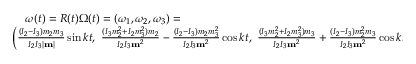
\begin{array} { r } { { \boldsymbol \omega } ( t ) = R ( t ) { \boldsymbol \Omega } ( t ) = ( \omega _ { 1 } , \omega _ { 2 } , \omega _ { 3 } ) = \qquad \qquad \qquad \qquad \qquad \qquad \qquad \qquad \qquad \qquad } \\ { \left( \frac { ( I _ { 2 } - I _ { 3 } ) m _ { 2 } m _ { 3 } } { I _ { 2 } I _ { 3 } | { \bf m } | } \sin k t , ~ \frac { ( I _ { 3 } m _ { 2 } ^ { 2 } + I _ { 2 } m _ { 3 } ^ { 2 } ) m _ { 2 } } { I _ { 2 } I _ { 3 } { \bf m } ^ { 2 } } - \frac { ( I _ { 2 } - I _ { 3 } ) m _ { 2 } m _ { 3 } ^ { 2 } } { I _ { 2 } I _ { 3 } { \bf m } ^ { 2 } } \cos k t , ~ \frac { ( I _ { 3 } m _ { 2 } ^ { 2 } + I _ { 2 } m _ { 3 } ^ { 2 } ) m _ { 3 } } { I _ { 2 } I _ { 3 } { \bf m } ^ { 2 } } + \frac { ( I _ { 2 } - I _ { 3 } ) m _ { 2 } ^ { 2 } m _ { 3 } } { I _ { 2 } I _ { 3 } { \bf m } ^ { 2 } } \cos k t \right) } \end{array}